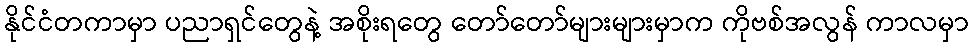
နိုင်ငံတကာမှာ ပညာရှင်တွေနဲ့ အစိုးရတွေ တော်တော်များများမှာက ကိုဗစ်အလွန် ကာလမှာ